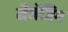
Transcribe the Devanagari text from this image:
मैनेंजिग